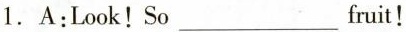
1.A:Look!So___fuit!